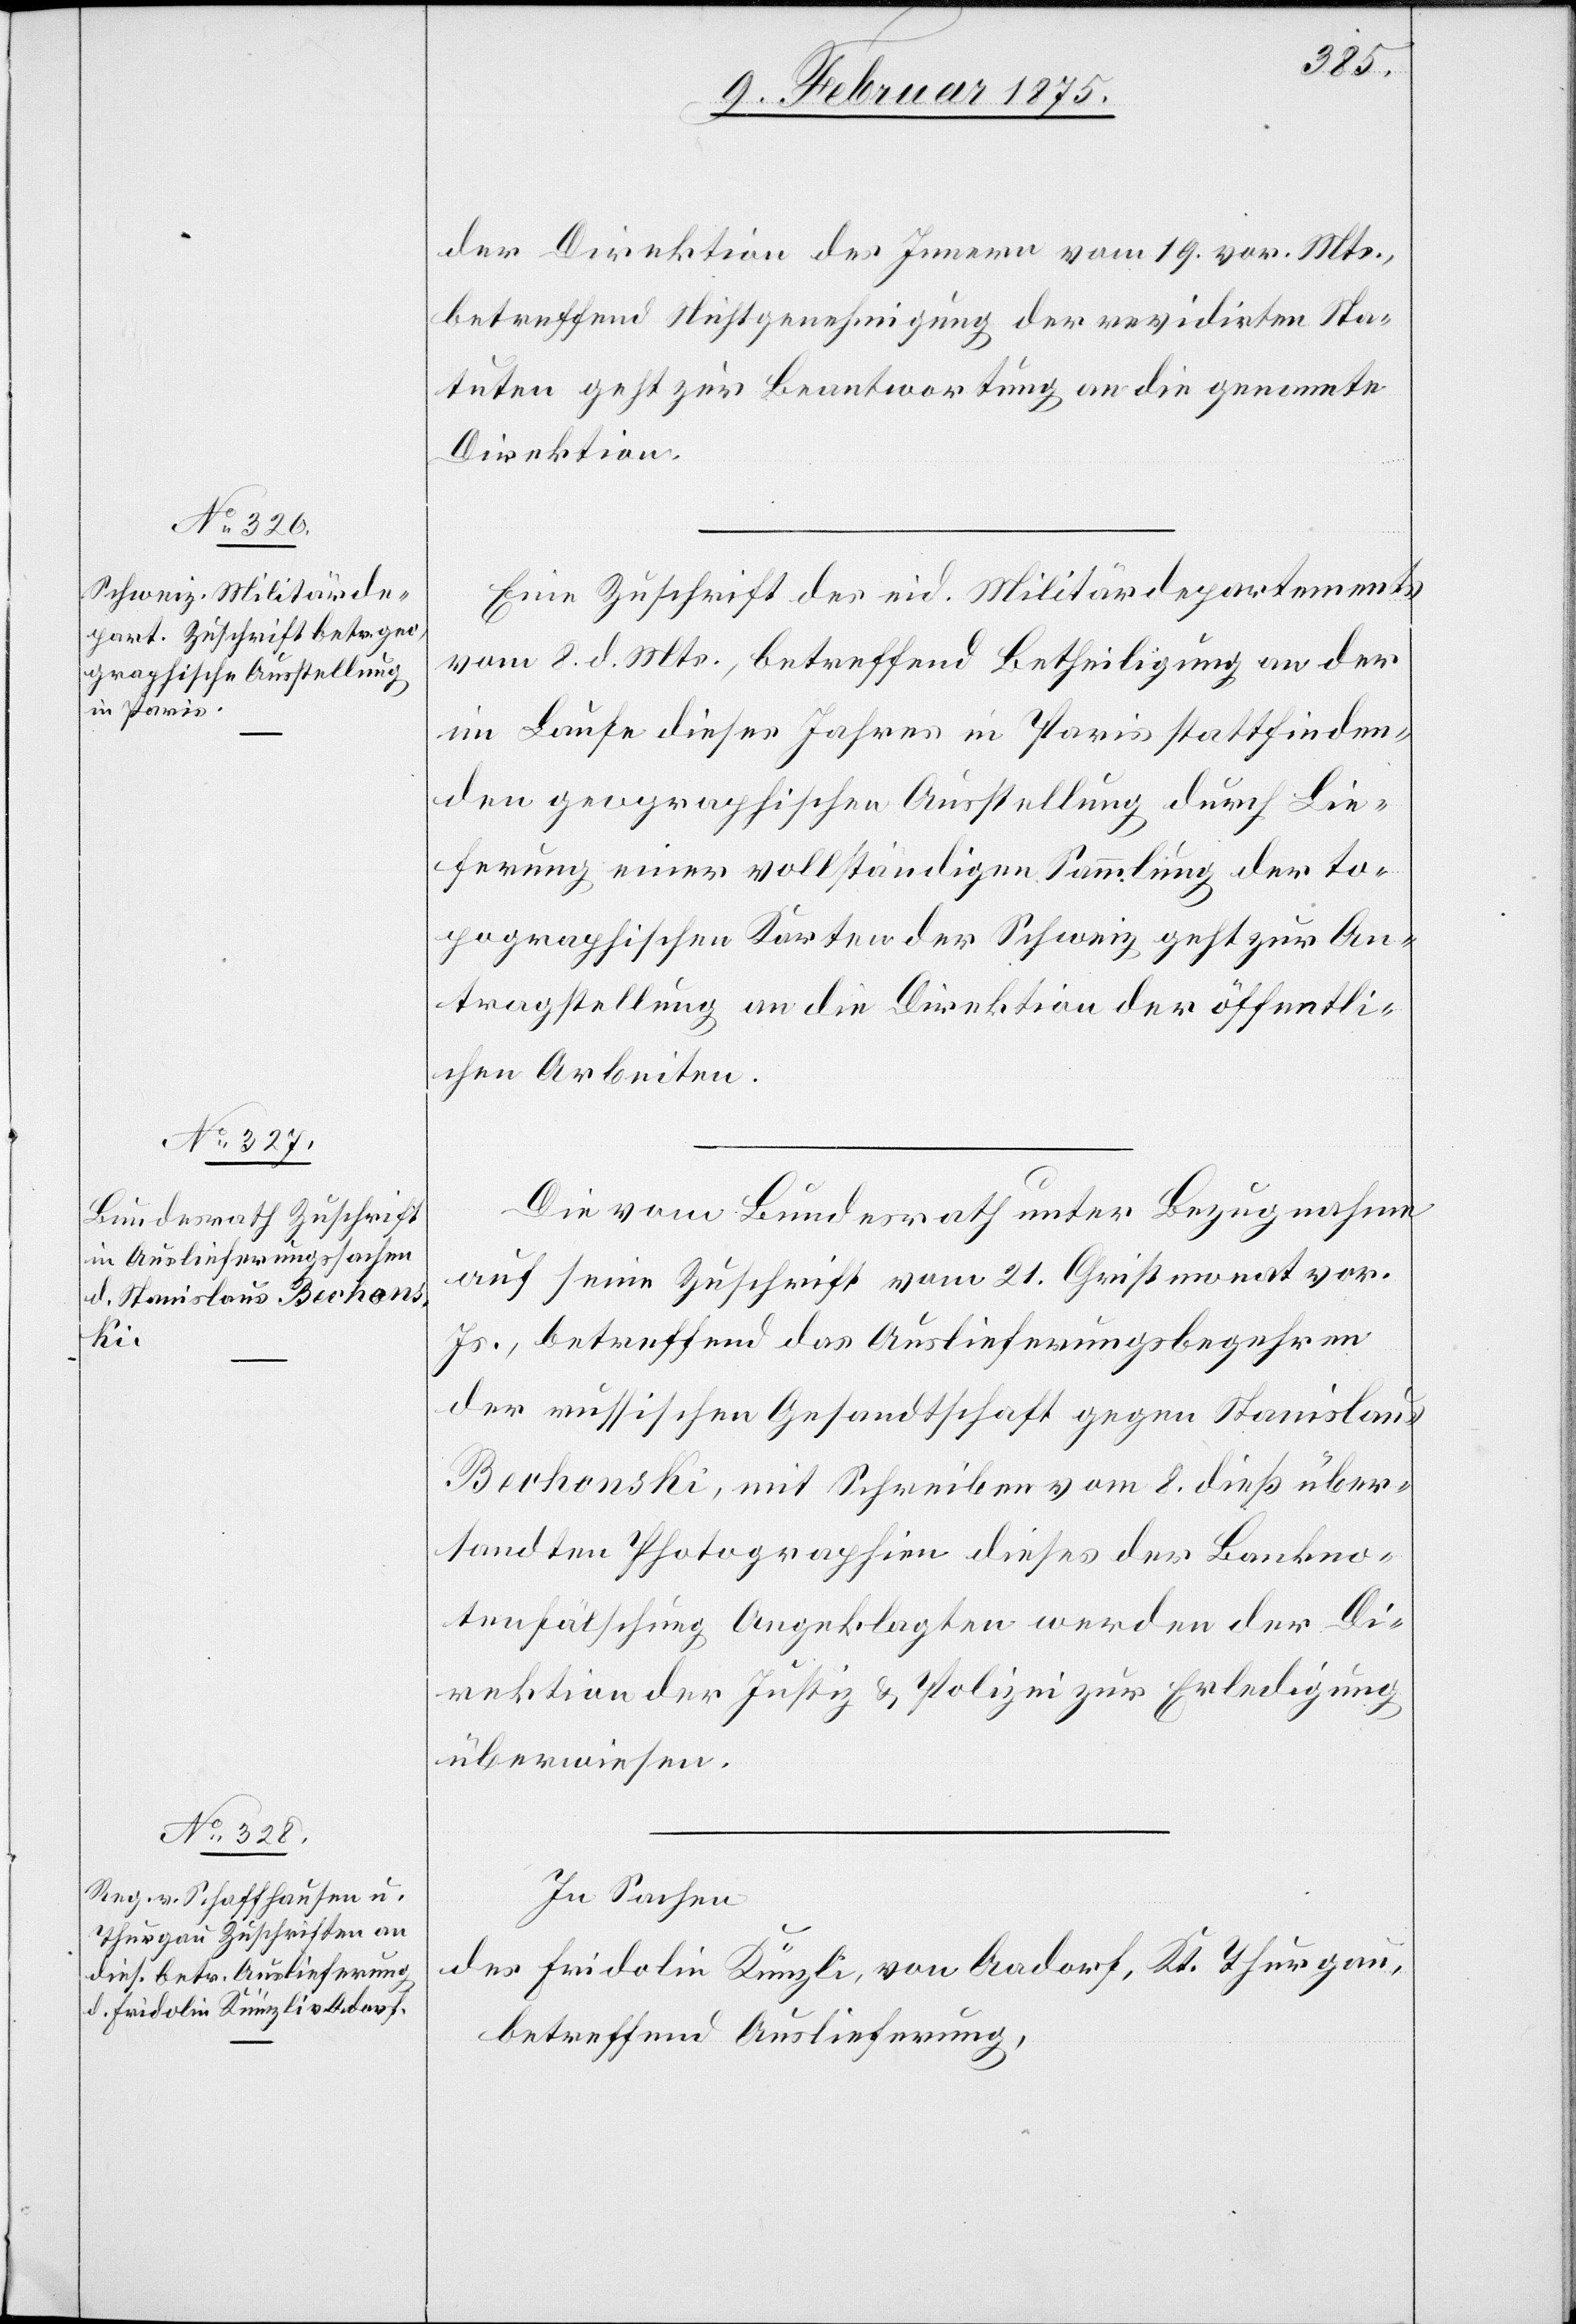
10. Februar 1875.]
der Direktion des Innern vom 19. vor. Mts.,
betreffend Nichtgenehmigung der revidirten Sta¬
tuten geht zur Beantwortung an die genannte
Direktion.
Eine Zuschrift des eid. Militärdepartements
vom 8. d. Mts., betreffend Betheiligung an der
im Laufe dieses Jahres in Paris stattfinden¬
den geographischen Ausstellung durch Lie¬
ferung einer vollständigen Sammlung der to¬
pographischen Karten der Schweiz geht zur An¬
tragstellung an die Direktion der öffentli¬
chen Arbeiten.
Die vom Bundesrath unter Bezugnahme
auf seine Zuschrift vom 21. Christmonat vor.
Js., betreffend das Auslieferungsbegehren
der russischen Gesandtschaft gegen Stanislaus
Berhonski, mit Schreiben vom 8. dieß über¬
sandten Photographien dieses der Bankno¬
tenfälschung Angeklagten werden der Di¬
rektion der Justiz & Polizei zur Erledigung
überwiesen.
In Sachen
des Fridolin Künzli, von Aadorf, Kt. Thurgau,
betreffend Auslieferung,